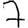
Digit: 7